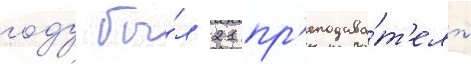
году бы́л 21 пр'еподава́т'ель